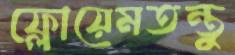
ফ্লোয়েমতন্তু